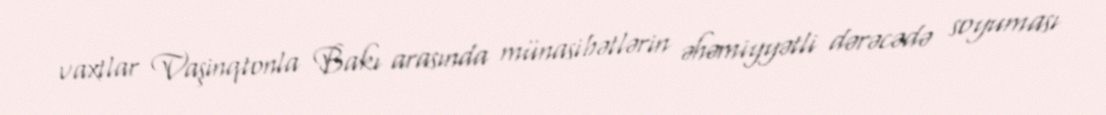
vaxtlar Vaşinqtonla Bakı arasında münasibətlərin əhəmiyyətli dərəcədə soyuması